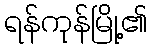
ရန်ကုန်မြို့၏